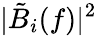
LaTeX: |\tilde{B}_{i}(f)|^{2}